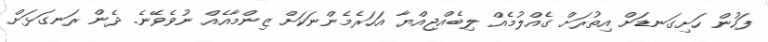
ފަހުން ހަށިގަނޑަށް އިތުރަށް ގެއްލުމެއް ލިބެއްޖިއްޔާ އަހަރެމެންނަކަށް ޒިންމާއެއް ނުވެވޭނެ. ދެން ރަނގަޅަށް